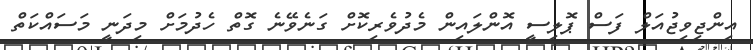
އިންޖިވިޖުއަލް ފަސް ޕޮލިސީ އޮންލައިން މެދުވެރިކޮށް ގަނެވޭނެ ގޮތް ހެދުމަށް މިދަނީ މަސައްކަތް